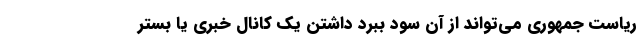
ریاست جمهوری می‌تواند از آن سود ببرد داشتن یک کانال خبری یا بستر